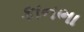
કાનભા